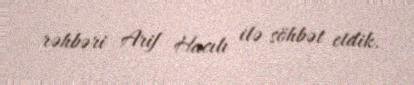
rəhbəri Arif Hacılı ilə söhbət etdik.